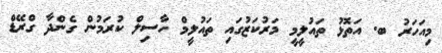
މިއަހަރު ބ. އަތޮޅު ތައުލީމީ މަރުކަޒުގައި ތައުލީމް ހާސިލް ކުރަމުން ގެންދާ ގްރޭޑް